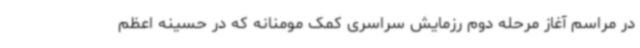
در مراسم آغاز مرحله دوم رزمایش سراسری کمک مومنانه که در حسینه اعظم